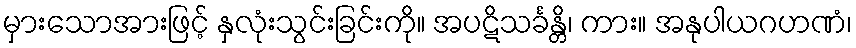
မှားသောအားဖြင့် နှလုံးသွင်းခြင်းကို။ အပဋိသင်္ခန္တိ၊ ကား။ အနုပါယဂဟဏံ၊